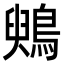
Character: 𪃪